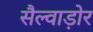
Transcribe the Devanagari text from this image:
सैल्वाड़ोर